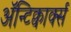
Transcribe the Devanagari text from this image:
ॲन्टिक्वार्क्स